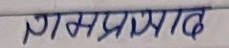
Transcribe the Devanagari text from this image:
रामप्रसाद